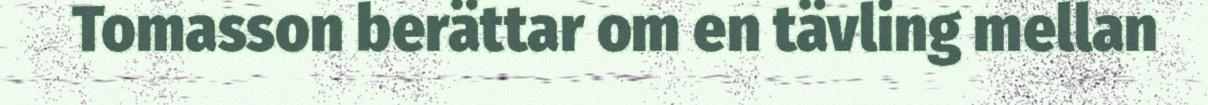
Tomasson berättar om en tävling mellan